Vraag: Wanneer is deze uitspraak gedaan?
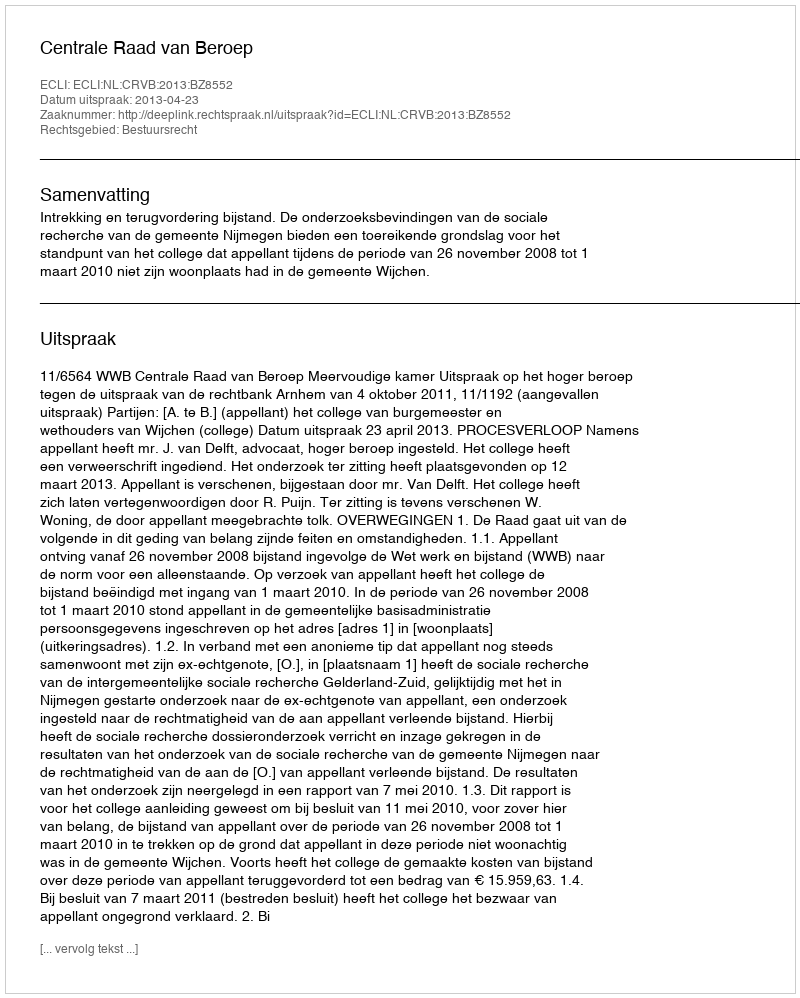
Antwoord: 2013-04-23